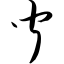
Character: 闻